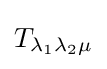
T_{\lambda _{1}\lambda _{2}\mu }